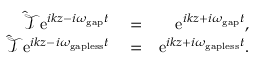
\begin{array} { r l r } { \hat { \mathcal T } \mathrm { e } ^ { i k z - i \omega _ { \mathrm { g a p } } t } } & { { } = } & { \mathrm { e } ^ { i k z + i \omega _ { \mathrm { g a p } } t } , } \\ { \hat { \mathcal T } \mathrm { e } ^ { i k z - i \omega _ { \mathrm { g a p l e s s } } t } } & { { } = } & { \mathrm { e } ^ { i k z + i \omega _ { \mathrm { g a p l e s s } } t } . } \end{array}